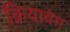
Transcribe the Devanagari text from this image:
क्रियावेग